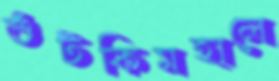
শুঁটকিমহালে